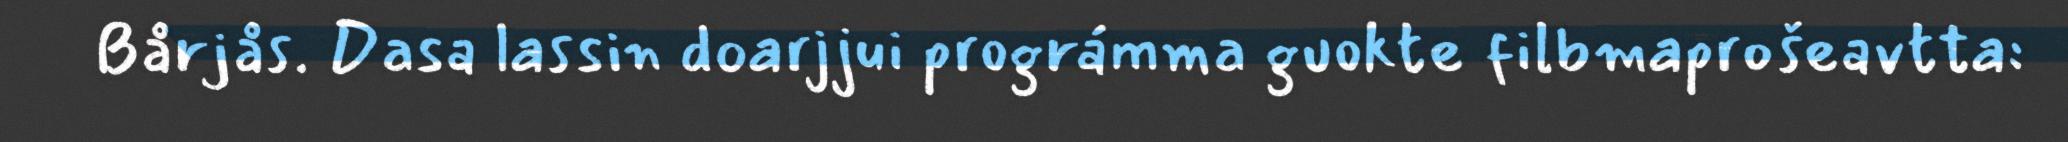
Bårjås. Dasa lassin doarjjui prográmma guokte filbmaprošeavtta: